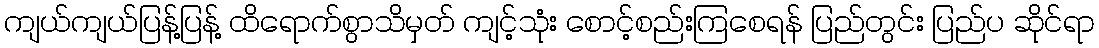
ကျယ်ကျယ်ပြန့်ပြန့် ထိရောက်စွာသိမှတ် ကျင့်သုံး စောင့်စည်းကြစေရန် ပြည်တွင်း ပြည်ပ ဆိုင်ရာ